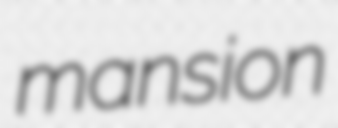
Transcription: mansion